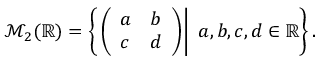
{ \mathcal { M } } _ { 2 } ( \mathbb { R } ) = \left\{ \left. { \left( \begin{array} { l l } { a } & { b } \\ { c } & { d } \end{array} \right) } \right| \ a , b , c , d \in \mathbb { R } \right\} .